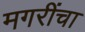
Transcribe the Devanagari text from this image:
मगरींचा